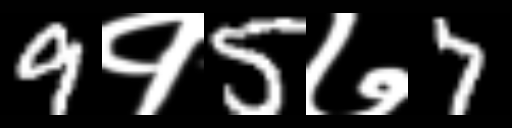
Text: 9१5७7